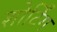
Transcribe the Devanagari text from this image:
शोर्टिंग